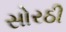
સોરઠી